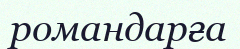
романдарға